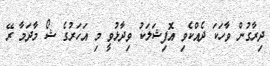
ދިރާގުން ވާހަކަ ދެއްކެވި އޮފިޝަލަކު ވިދާޅުވީ މި އަހަރުގެ ޝޯ މާދަމާ ރޭ